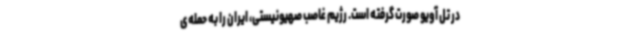
در تل آویو صورت گرفته است. رژیم غاصب صهیونیستی، ایران را به حمله‌ی